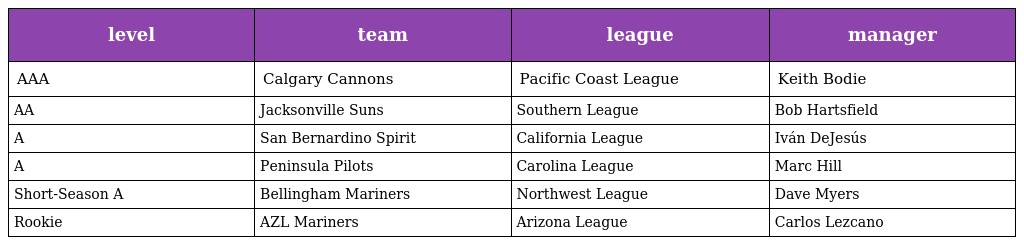
| level | team | league | manager |
 | --- | --- | --- | --- |
 | AAA | Calgary Cannons | Pacific Coast League | Keith Bodie |
 | AA | Jacksonville Suns | Southern League | Bob Hartsfield |
 | A | San Bernardino Spirit | California League | Iván DeJesús |
 | A | Peninsula Pilots | Carolina League | Marc Hill |
 | Short-Season A | Bellingham Mariners | Northwest League | Dave Myers |
 | Rookie | AZL Mariners | Arizona League | Carlos Lezcano |